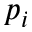
p _ { i }